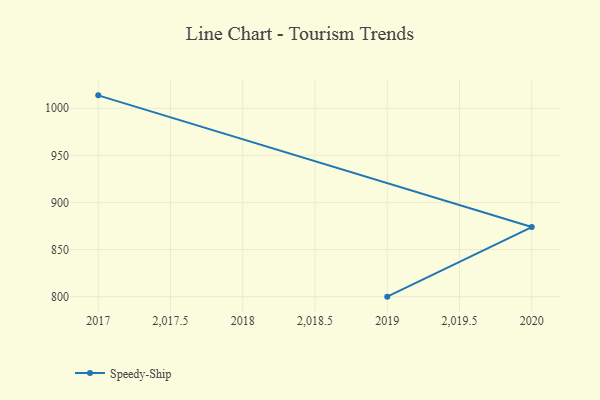
{"axis": {"x": "Year", "y": "Market Share (%)"}, "legend": ["Speedy-Ship"], "data": [{"x": "2017", "y": 1013.7, "type": "Speedy-Ship"}, {"x": "2020", "y": 873.9, "type": "Speedy-Ship"}, {"x": "2019", "y": 800, "type": "Speedy-Ship"}]}